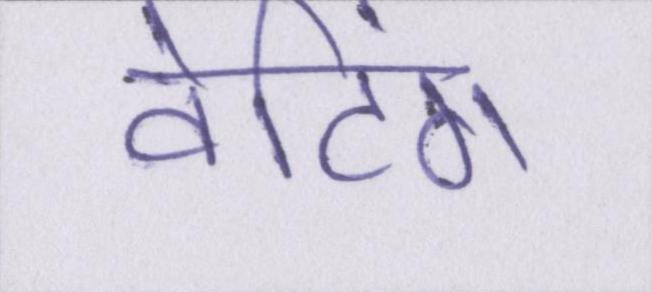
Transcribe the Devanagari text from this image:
वेटिंग